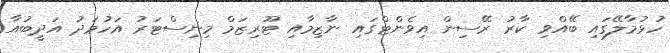
ހުޅުމާލޭގައި ބޭއްވި ކާރު ރޭސިން އިވެންޓްގައި ނާޒިމާއި ޓޫރިޒަމް މިނިސްޓަރު އަހުމަދު އަދީބުއާ